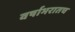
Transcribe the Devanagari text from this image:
वर्षाभरातच